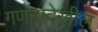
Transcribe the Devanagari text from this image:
गणनादेखील